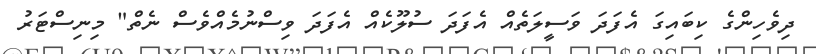
ދިވެހިންގެ ކިބައިގަ އެފަދަ ވަސީލަތެއް އެފަދަ ސުލޫކެއް އެފަދަ ވިސްނުމެއްވެސް ނެތް" މިނިސްޓަރު